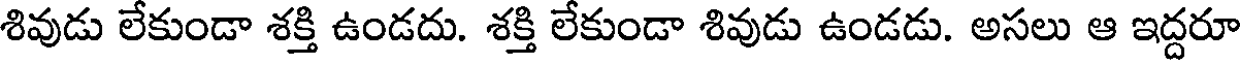
శివుడు లేకుండా శక్తి ఉండదు. శక్తి లేకుండా శివుడు ఉండడు. అసలు ఆ ఇద్దరూ